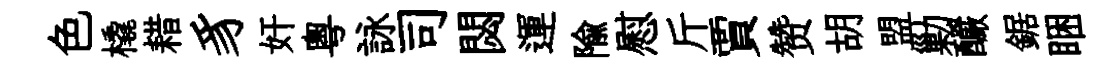
色橇耤豸奸粤詠司閟運隃慰斤賈赞胡盟勦釅鋸睏